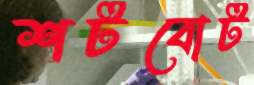
শর্টবোট